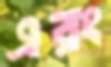
এরং